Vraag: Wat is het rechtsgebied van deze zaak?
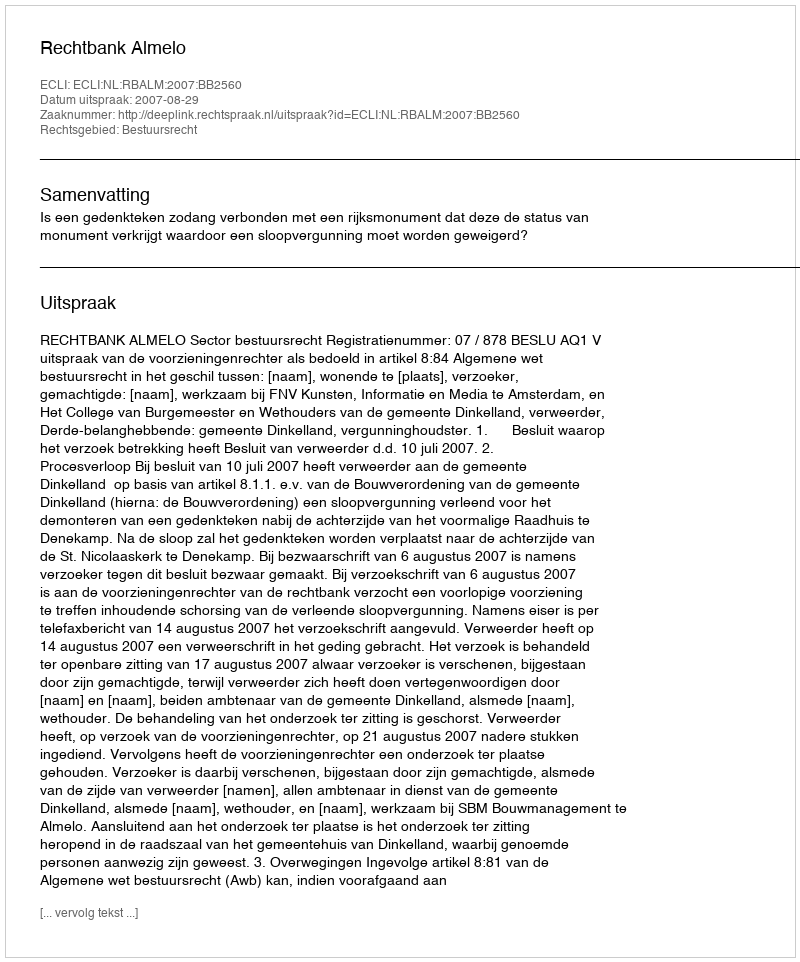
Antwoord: Bestuursrecht